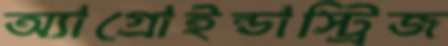
অ্যাগ্রোইন্ডাস্ট্রিজ